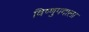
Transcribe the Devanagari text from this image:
विष्णुपदाला